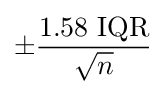
\pm {\frac {1.58{\text{ IQR}}}{\sqrt {n}}}